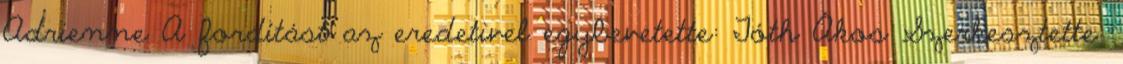
Adrienne A fordítást az eredetivel egybevetette: Tóth Ákos Szerkesztette: